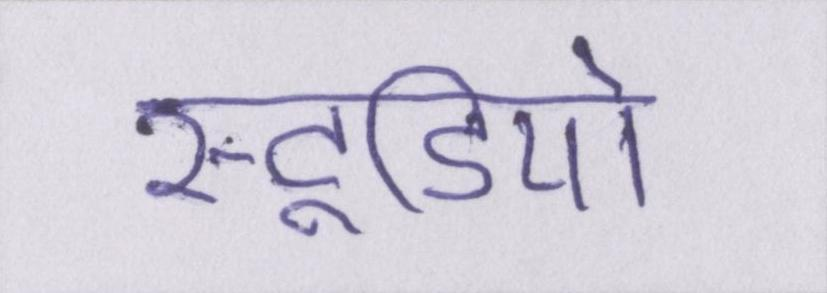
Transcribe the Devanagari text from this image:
स्टूडियो